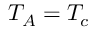
T _ { A } = T _ { c }